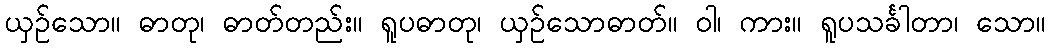
ယှဉ်သော။ ဓာတု၊ ဓာတ်တည်း။ ရူပဓာတု၊ ယှဉ်သောဓာတ်။ ဝါ၊ ကား။ ရူပသင်္ခါတာ၊ သော။